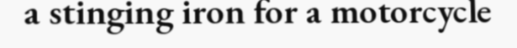
a stinging iron for a motorcycle